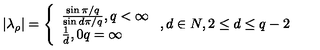
\left| \lambda _ { \rho } \right| = \left\{ \begin{array} { l } { \frac { \sin \pi / q } { \sin d \pi / q } , q < \infty } \\ { \frac { 1 } { d } , 0 q = \infty } \\ \end{array} \right. , d \in N , 2 \leq d \leq q - 2